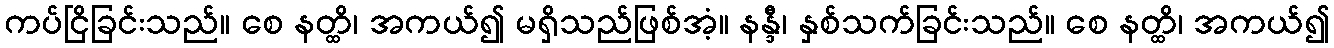
ကပ်ငြိခြင်းသည်။ စေ နတ္ထိ၊ အကယ်၍ မရှိသည်ဖြစ်အံ့။ နန္ဒီ၊ နှစ်သက်ခြင်းသည်။ စေ နတ္ထိ၊ အကယ်၍